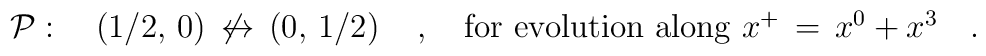
{\cal P}:\quad \left({1/2},\,0\right)\,\not\leftrightarrow\, \left(0,\,{1/2}\right)\quad, \quad {\mbox{\rm for evolution along $x^+\,=\,x^0+x^3$}}\quad.